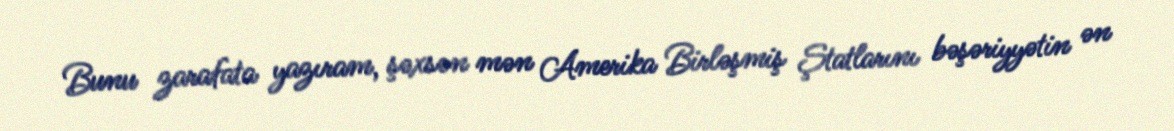
Bunu zarafata yazıram, şəxsən mən Amerika Birləşmiş Ştatlarını bəşəriyyətin ən